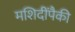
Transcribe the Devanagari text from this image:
मशिदींपैकी